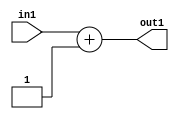
`timescale 1ps / 1ps
/*****************************************************************************
    Verilog RTL Description
    
    
    Created by: Stratus DpOpt 21.05.01 
*******************************************************************************/

module SobelFilter_Add2i1s32_1 (
	in1,
	out1
	); /* architecture "behavioural" */ 
input [31:0] in1;
output [31:0] out1;
wire [31:0] asc001;

assign asc001 = 
	+(in1)
	+(32'B00000000000000000000000000000001);

assign out1 = asc001;
endmodule

/* CADENCE  ubD0TAg= : u9/ySxbfrwZIxEzHVQQV8Q== ** DO NOT EDIT THIS LINE ******/